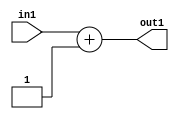
`timescale 1ps / 1ps
/*****************************************************************************
    Verilog RTL Description
    
    
    Created by: Stratus DpOpt 21.05.01 
*******************************************************************************/

module SobelFilter_Add2i1s32_1 (
	in1,
	out1
	); /* architecture "behavioural" */ 
input [31:0] in1;
output [31:0] out1;
wire [31:0] asc001;

assign asc001 = 
	+(in1)
	+(32'B00000000000000000000000000000001);

assign out1 = asc001;
endmodule

/* CADENCE  ubD0TAg= : u9/ySxbfrwZIxEzHVQQV8Q== ** DO NOT EDIT THIS LINE ******/